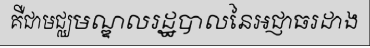
គឺជាមជ្ឈមណ្ឌលរដ្ឋបាលនៃអជ្ញាធរដាង